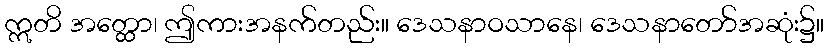
ဣတိ အတ္ထော၊ ဤကားအနက်တည်း။ ဒေသနာဝသာနေ၊ ဒေသနာတော်အဆုံး၌။